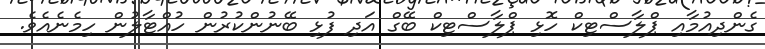
ގެންދިއުމާއި ޕްލާސްޓިކް ހޮޅި ޕްލާސްޓިކް ބޭގް އަދި ފުޅި ބޭނުންކުރުން ހުއްޓާލުން ހިމެނެއެވެ.